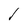
Character: 1